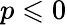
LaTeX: p\leqslant 0